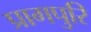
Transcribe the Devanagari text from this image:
प्रागपुरि